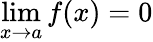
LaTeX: \operatorname*{lim}_{x\to a}f(x)=0